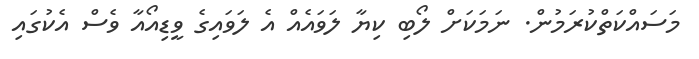
މަސައްކަތްކުރަމުން. ނަމަކަށް ލޯބި ކިޔާ ލަވައެއް އެ ލަވައިގެ ވީޑިއޯއާ ވެސް އެކުގައި